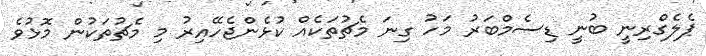
ޕެލެގްރިނީ ބުނީ ޑިސެމްބަރު މަހު ގިނަ މެޗުތަކެއް ކުޅެންޖެހޭއިރު މި މެޗުތަކުން މޮޅުވެ